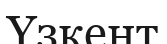
Үзкент